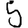
Digit: 5